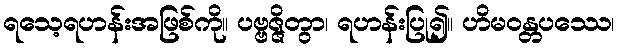
ရသေ့ရဟန်းအဖြစ်ကို။ ပဗ္ဗဇ္ဇိတွာ၊ ရဟန်းပြု၍။ ဟိမဝန္တပဿေ၊